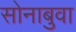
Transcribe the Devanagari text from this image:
सोनाबुवा